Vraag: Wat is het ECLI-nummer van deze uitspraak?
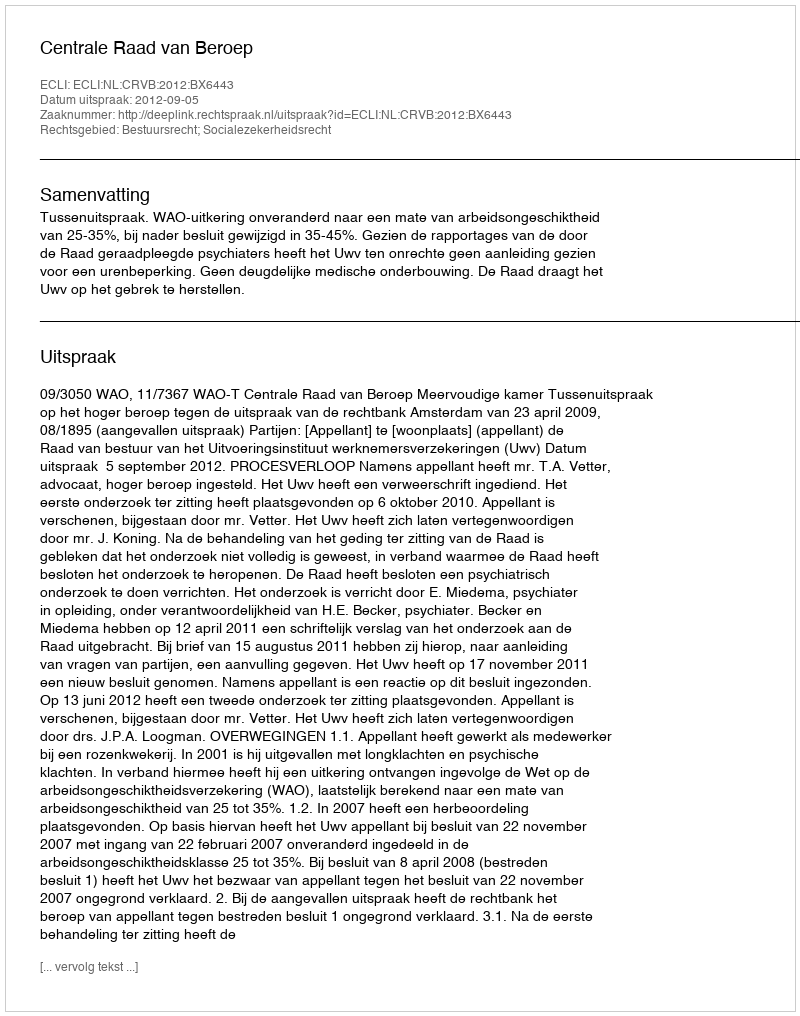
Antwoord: ECLI:NL:CRVB:2012:BX6443